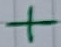
Text: +